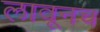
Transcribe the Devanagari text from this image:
लावूनच